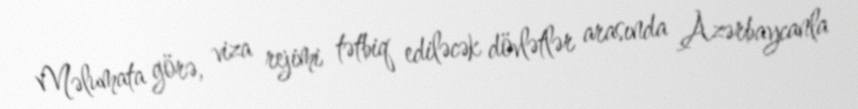
Məlumata görə, viza rejimi tətbiq ediləcək dövlətlər arasında Azərbaycanla